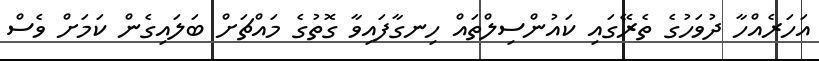
އަހަރެއްހާ ދުވަހުގެ ތެރޭގައި ކައުންސިލްތައް ހިނގާފައިވާ ގޮތުގެ މައްޗަށް ބަލައިގެން ކަމަށް ވެސް